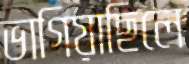
ভাগিয়াছিলে